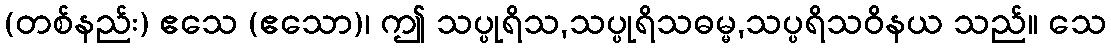
(တစ်နည်း) ဧသေ (ဧသော)၊ ဤ သပ္ပုရိသ,သပ္ပုရိသဓမ္မ,သပ္ပရိသဝိနယ သည်။ သေ